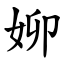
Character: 㚹